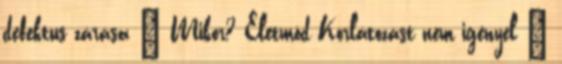
defektus zárása – Mikor? Életmód Korlátozást nem igényel –